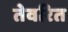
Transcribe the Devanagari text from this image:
तेवरित